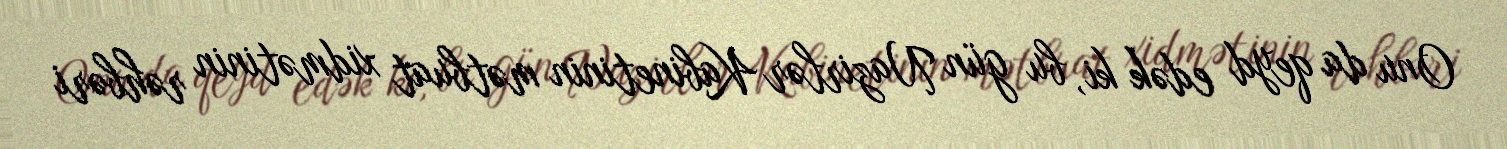
Onu da qeyd edək ki, bu gün Nazirlər Kabinetinin mətbuat xidmətinin rəhbəri